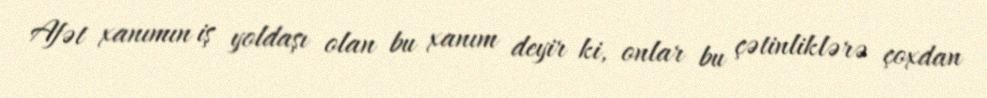
Afət xanımın iş yoldaşı olan bu xanım deyir ki, onlar bu çətinliklərə çoxdan